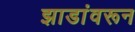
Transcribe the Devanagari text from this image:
झाडांवरून